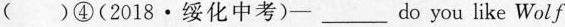
( )④(2018·绥化中考) -___ do you like Wolf